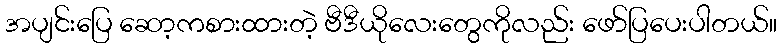
အပျင်းပြေ ဆော့ကစားထားတဲ့ ဗီဒီယိုလေးတွေကိုလည်း ဖော်ပြပေးပါတယ်။